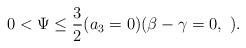
LaTeX: \begin{align*}0<\Psi\leq\frac{3}{2} (a_3=0)(\beta-\gamma=0,\ ).\end{align*}